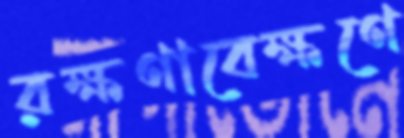
রক্ষণাবেক্ষণে